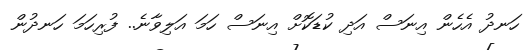
ހަނދު އެހެން އިނަސް އަދި ކުޑަކޮށް އިނަސް ހަމަ އަލިވާނެ.. ފުރިހަމަ ހަނދުން